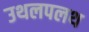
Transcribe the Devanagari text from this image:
उथलपलथ